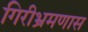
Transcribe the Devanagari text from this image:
गिरीभ्रमणास